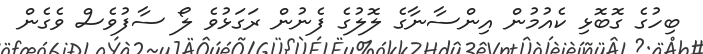
ބިހުގެ ގޮބޮޅި ކެއުމުން އިންސާނާގެ ލޮލުގެ ފެނުން ރަގަޅުވެ ލޯ ސާފުވެސް ވެގެން